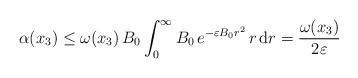
LaTeX: \begin{align*} \alpha(x_3) \leq \omega(x_3)\, B_0 \int_0^\infty B_0\, e^{- \varepsilon B_0 r^2} \, r\, \mathrm{d}r = \frac{\omega(x_3)}{2\varepsilon}\end{align*}